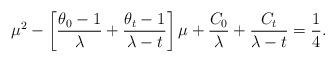
LaTeX: \begin{align*}\mu^2-\left[\frac{\theta_0-1}{\lambda}+\frac{\theta_t-1}{\lambda -t} \right]\mu+\frac{C_0}{\lambda}+\frac{C_t}{\lambda-t}=\frac{1}{4}.\end{align*}